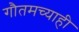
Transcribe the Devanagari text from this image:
गौतमच्याही